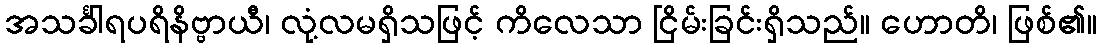
အသင်္ခါရပရိနိဗ္ဗာယီ၊ လုံ့လမရှိသဖြင့် ကိလေသာ ငြိမ်းခြင်းရှိသည်။ ဟောတိ၊ ဖြစ်၏။